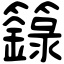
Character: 籙